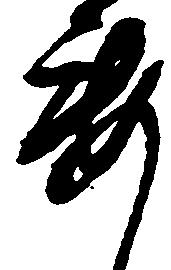
要